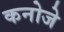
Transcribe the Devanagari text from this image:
कनोजे